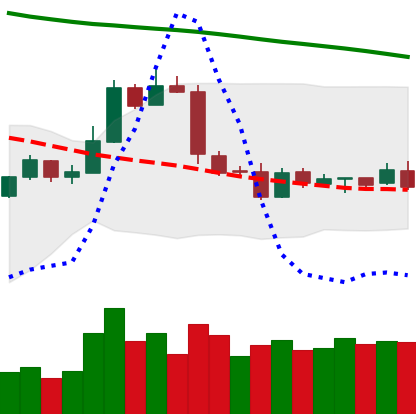
Ticker: LTC-USD
Chart end date: 2019-01-20
Forward return: 5.791%
Label: up_5_7